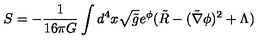
S = - \frac { 1 } { 1 6 \pi G } \int d ^ { 4 } x \sqrt { \tilde { g } } e ^ { \phi } ( \tilde { R } - ( \tilde { \nabla } \phi ) ^ { 2 } + \Lambda )